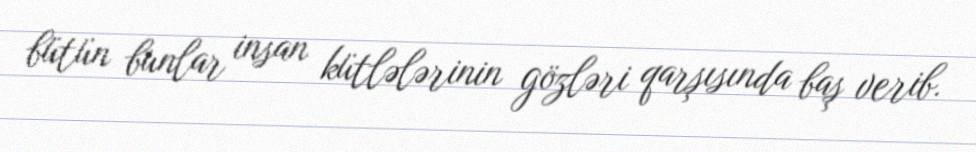
bütün bunlar insan kütlələrinin gözləri qarşısında baş verib.